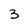
Character: 3